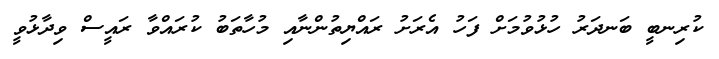
ކުރިނބީ ބަނދަރު ހުޅުވުމަށް ފަހު އެރަށު ރައްޔިތުންނާއި މުހާތަބު ކުރައްވާ ރައީސް ވިދާޅުވީ